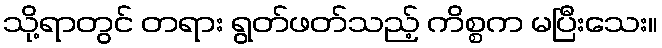
သို့ရာတွင် တရား ရွတ်ဖတ်သည့် ကိစ္စက မပြီးသေး။